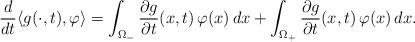
LaTeX: \begin{align*}\dfrac{d}{dt}\langle g(\cdot,t),\varphi\rangle=\int_{\Omega_-}\dfrac{\partial g}{\partial t}(x,t)\,\varphi(x)\,dx+\int_{\Omega_+}\dfrac{\partial g}{\partial t}(x,t)\,\varphi(x)\,dx.\end{align*}